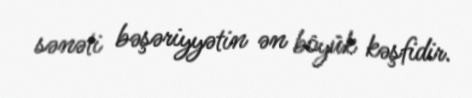
sənəti bəşəriyyətin ən böyük kəşfidir.